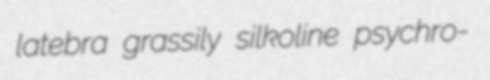
latebra grassily silkoline psychro-